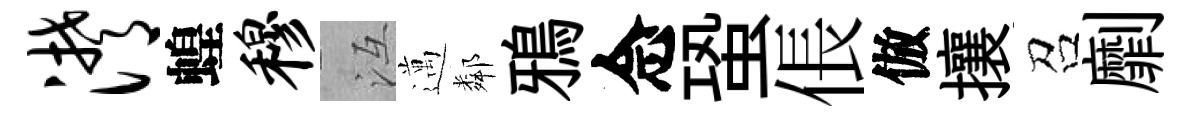
潸蝗穆冱邁鄰鴉念蛩倀倣攘召劘